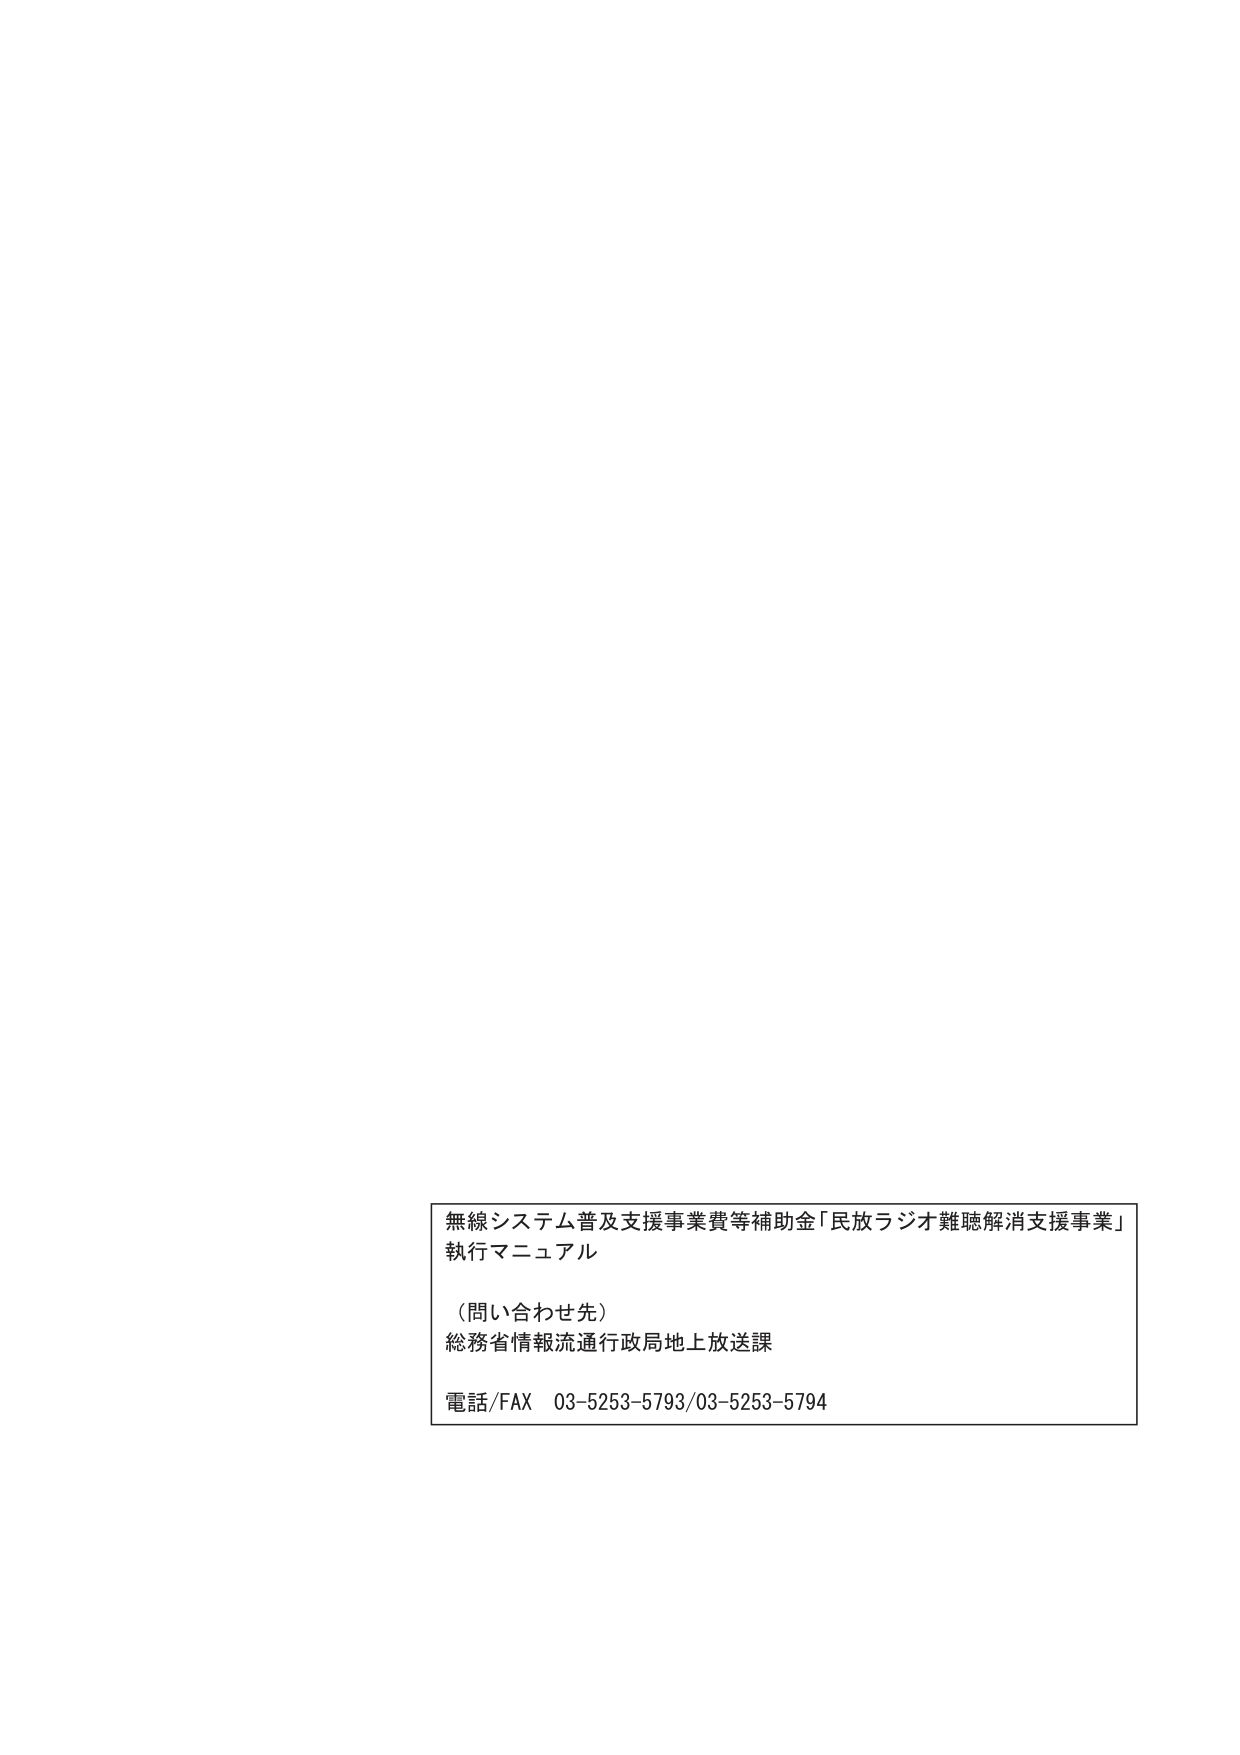
無線システム普及支援事業費等補助金「民放ラジオ難聴解消支援事業」
執行マニュアル

（問い合わせ先）
総務省情報流通行政局地上放送課

電話/FAX 03-5253-5793/03-5253-5794